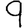
Digit: 9